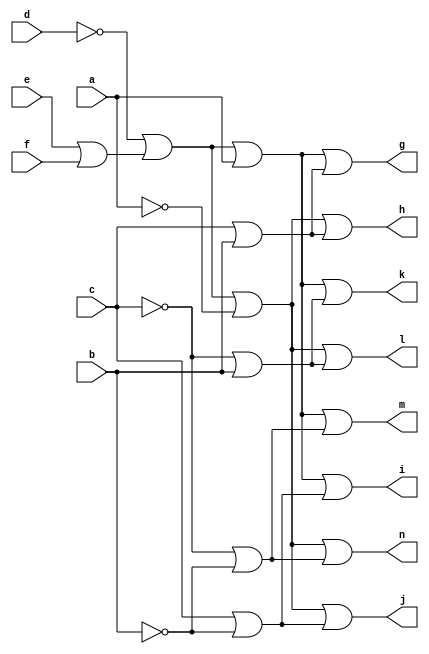
// IWLS benchmark module "CM138" printed on Wed May 29 16:07:20 2002
module CM138(a, b, c, d, e, f, g, h, i, j, k, l, m, n);
input
  a,
  b,
  c,
  d,
  e,
  f;
output
  g,
  h,
  i,
  j,
  k,
  l,
  m,
  n;
wire
  \[7] ,
  \[8] ,
  \[9] ,
  \[0] ,
  \[1] ,
  j0,
  \[2] ,
  \[3] ,
  \[4] ,
  \[5] ,
  \[6] ;
assign
  \[7]  = \[9]  | (~c | ~b),
  \[8]  = j0 | a,
  \[9]  = j0 | ~a,
  \[0]  = \[8]  | (c | b),
  \[1]  = \[9]  | (c | b),
  g = \[0] ,
  h = \[1] ,
  i = \[2] ,
  j = \[3] ,
  k = \[4] ,
  l = \[5] ,
  m = \[6] ,
  n = \[7] ,
  j0 = ~d | (e | f),
  \[2]  = \[8]  | (c | ~b),
  \[3]  = \[9]  | (c | ~b),
  \[4]  = \[8]  | (~c | b),
  \[5]  = \[9]  | (~c | b),
  \[6]  = \[8]  | (~c | ~b);
endmodule